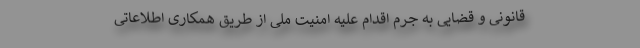
قانونی و قضایی به جرم اقدام علیه امنیت ملی از طریق همکاری اطلاعاتی